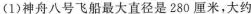
(1)神舟八号飞船最大直径是280厘米，大约